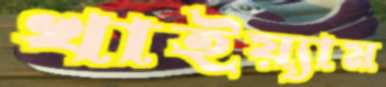
খাইয়্যাম